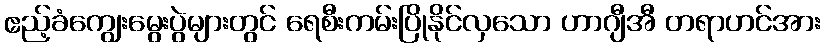
ဧည့်ခံကျွေးမွေးပွဲများတွင် ရေစီးကမ်းပြိုနိုင်လှသော ဟာဂျီအီ တရာဟင်အား